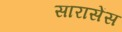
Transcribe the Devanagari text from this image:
सारासेंस